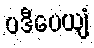
ပဒီပေယျံ